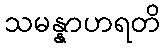
သမန္နာဟရတိ